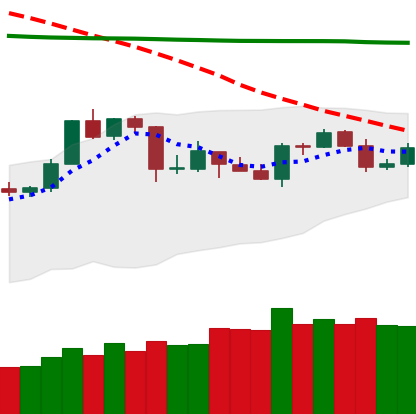
Ticker: TRX-USD
Chart end date: 2020-04-22
Forward return: 12.161%
Label: up_7plus